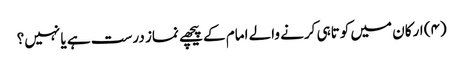
(۴) ارکان میں کوتاہی کرنے والے امام کے پیچھے نماز درست ہے یا نہیں؟